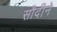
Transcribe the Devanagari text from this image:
सौदीने